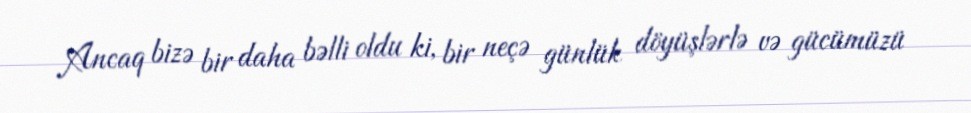
Ancaq bizə bir daha bəlli oldu ki, bir neçə günlük döyüşlərlə və gücümüzü